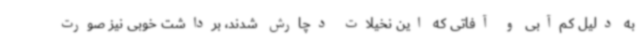
به دلیل کم‌آبی و آفاتی که این نخیلات دچارش شدند، برداشت خوبی نیز صورت